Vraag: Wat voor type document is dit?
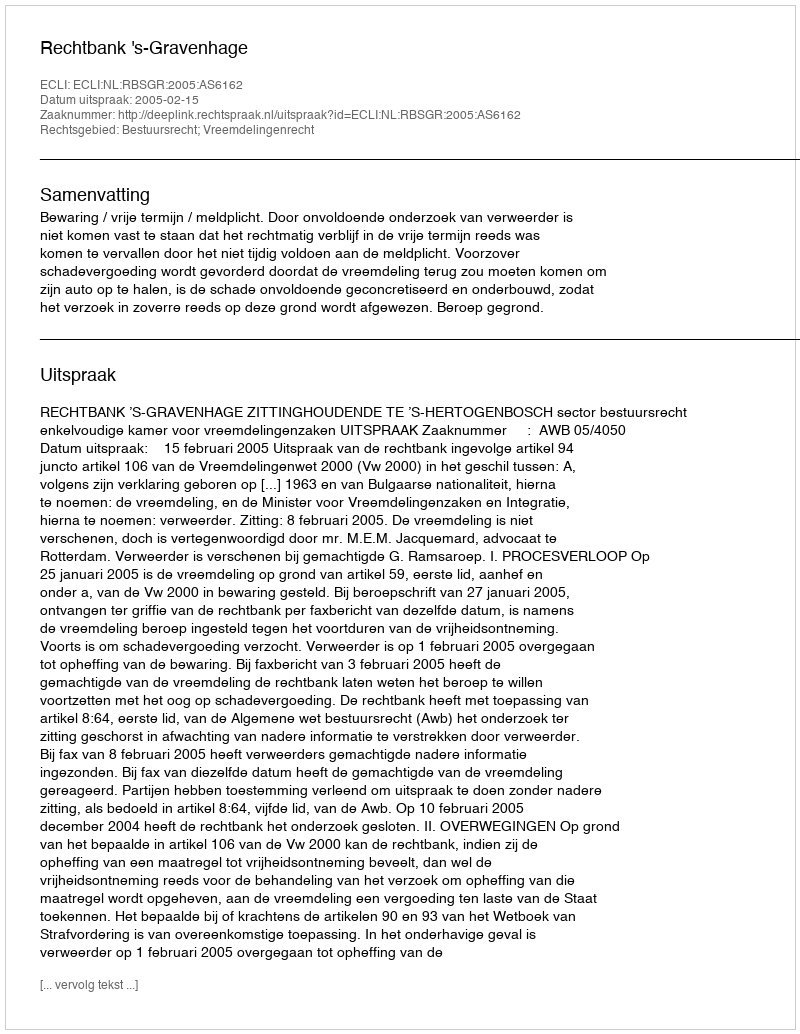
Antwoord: Uitspraak